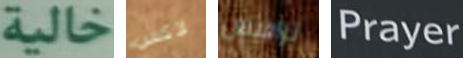
خالية لاكس ترافيس Prayer